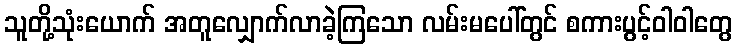
သူတို့သုံးယောက် အတူလျှောက်လာခဲ့ကြသော လမ်းမပေါ်တွင် စကားပွင့်ဝါဝါတွေ